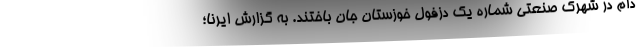
دام در شهرک صنعتی شماره یک دزفول خوزستان جان باختند. به گزارش ایرنا؛